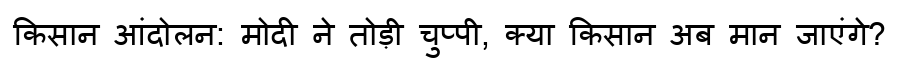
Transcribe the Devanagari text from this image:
किसान आंदोलन: मोदी ने तोड़ी चुप्पी, क्या किसान अब मान जाएंगे?